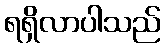
ရရှိလာပါသည်